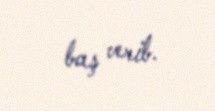
baş verib.